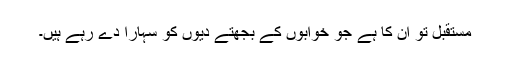
مستقبل تو ان کا ہے جو خوابوں کے بجھتے دِیوں کو سہارا دے رہے ہیں۔